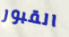
القبور